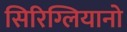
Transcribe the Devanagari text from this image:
सिरिग्लियानो